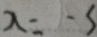
x = - 3